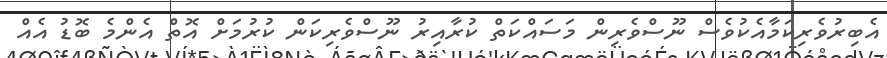
އެބިރުވެރިކަމާއެކުވެސް ނޫސްވެރިން މަސައްކަތް ކުރާއިރު ނޫސްވެރިކަން ކުރުމަށް އޮތް އެންމެ ބޮޑު އެއް